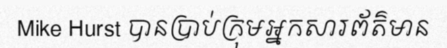
Mike Hurst បានប្រាប់ក្រុមអ្នកសារព័ត៌មាន